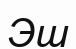
Эш